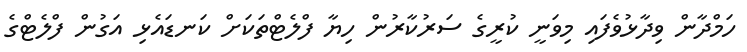
ހަމްދާން ވިދާޅުވެފައި މިވަނީ ކުރީގެ ސަރުކާރުން ހިޔާ ފްލެޓްތަކަށް ކަނޑައެޅި އަގުން ފްލެޓްގެ